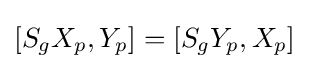
[S_{g}X_{p},Y_{p}]=[S_{g}Y_{p},X_{p}]